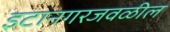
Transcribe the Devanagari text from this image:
इटानगरजवळील